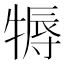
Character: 𤚾